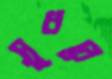
সুধরে